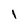
Character: l